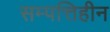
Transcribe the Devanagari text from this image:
सम्पत्तिहीन